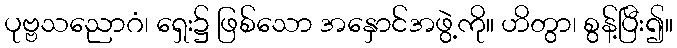
ပုဗ္ဗသညောဂံ၊ ရှေး၌ ဖြစ်သော အနှောင်အဖွဲ့ကို။ ဟိတွာ၊ စွန့်ပြီး၍။